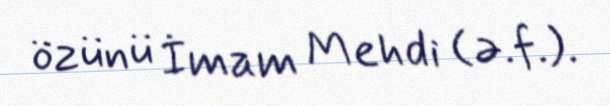
özünü İmam Mehdi (ə.f.).